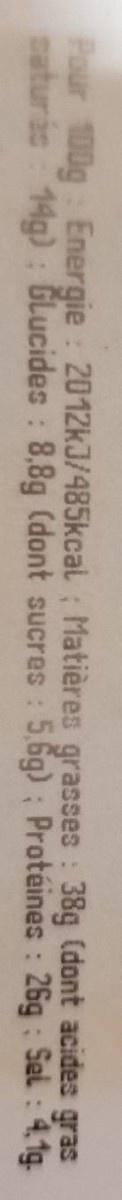
Pour 100g Energie : 2012KJ/485kcal ; Matières grasses : 38g (dont acides gras saturác 14g): Glucides : 8,8g (dont sucres : 5,6g) ; Protéines : 26g : Sel : 4.1g.